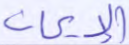
الإيمان